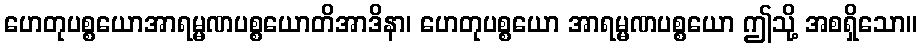
ဟေတုပစ္စယောအာရမ္မဏပစ္စယောတိအာဒိနာ၊ ဟေတုပစ္စယော အာရမ္မဏပစ္စယော ဤသို့ အစရှိသော။